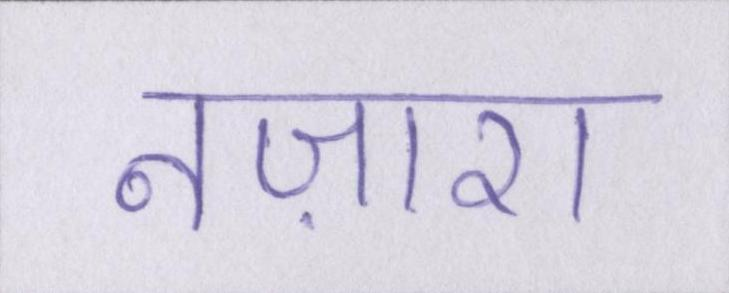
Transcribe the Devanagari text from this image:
नज़ारा